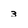
Character: 3